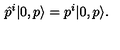
\hat { p } ^ { i } | 0 , p \rangle = p ^ { i } | 0 , p \rangle .